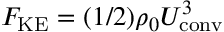
F _ { \mathrm { K E } } = ( 1 / 2 ) \rho _ { 0 } U _ { \mathrm { c o n v } } ^ { 3 }